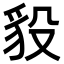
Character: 䝘